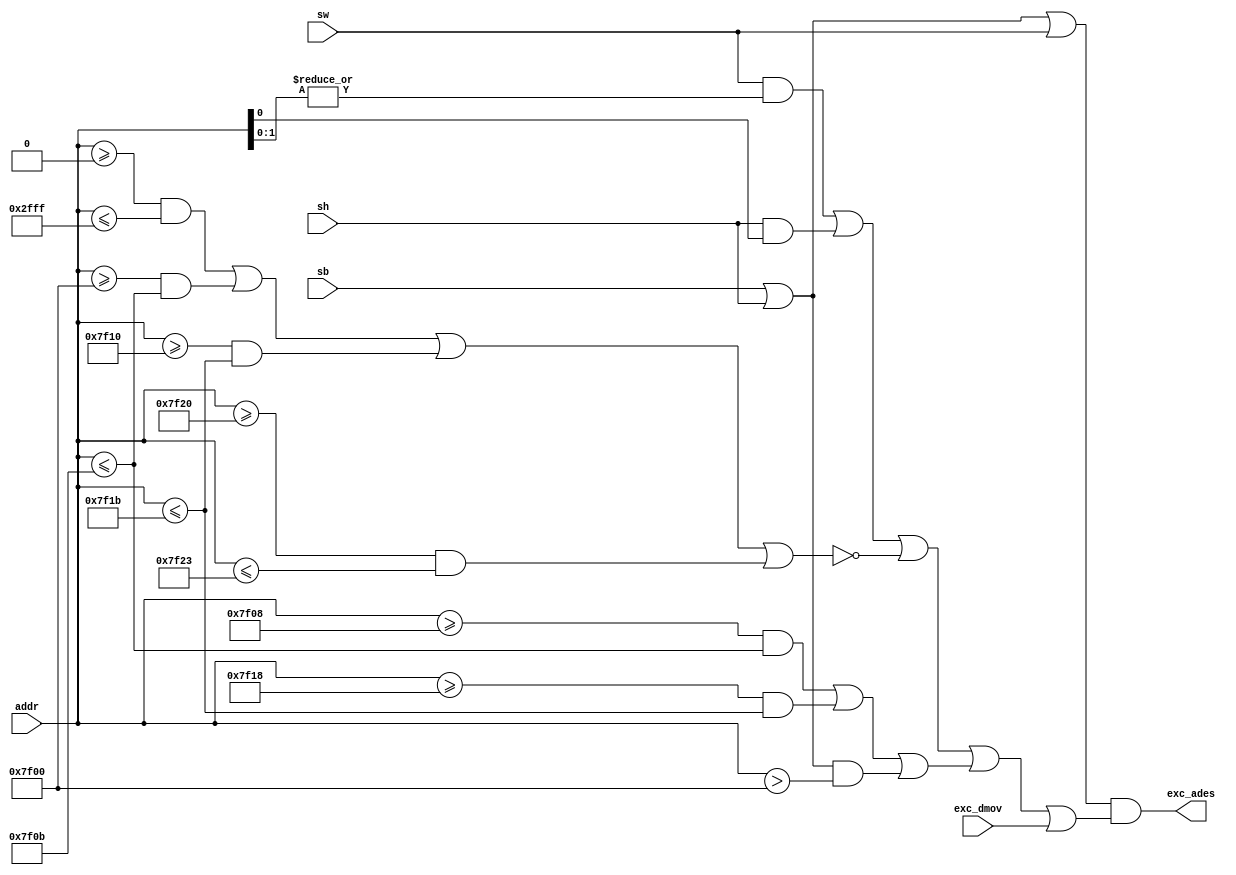
`timescale 1ns / 1ps
//`define dmData 0000_0000 0000_2FFF
//`define dmInstr 0000_3000 0000_6FFF
//`define t1 0000_7F00 0000_7F0B
//`define t2 0000_7F10 0000_7F1B
//`define stop 0000_7F20 0000_7F23
/////////////////////////////////////////////////////////////////////////////////////
module M_ErrStore(
	input sw,
	input sh,
	input sb,
	input [31:0] addr,
	input exc_dmov,
	output exc_ades
    );
	wire errUnalign = (sw&(|addr[1:0]))|(sh&addr[0]);
	wire errOutOfRange = !(
								((addr>=32'h0000_0000)&&(addr<=32'h0000_2fff))|
								((addr>=32'h0000_7f00)&&(addr<=32'h0000_7f0b))|
								((addr>=32'h0000_7f10)&&(addr<=32'h0000_7f1b))|
								((addr>=32'h0000_7f20)&&(addr<=32'h0000_7f23))
								);
	wire errTimer = 	(addr>= 32'h0000_7f08 && addr<=32'h0000_7f0b)||
							(addr>= 32'h0000_7f18 && addr<=32'h0000_7f1b)||
							((sb|sh)&&(addr>32'h0000_7f00));
	assign exc_ades = (sb|sh|sw)&&(errUnalign|errOutOfRange|errTimer|exc_dmov);
endmodule